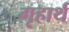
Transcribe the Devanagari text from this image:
गृहार्थ